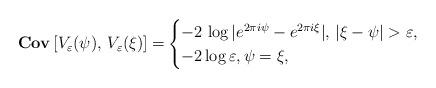
LaTeX: \begin{align*}{\bf{Cov}}\left[V_{\varepsilon}(\psi), \,V_{\varepsilon}(\xi)\right] = &\begin{cases} -2 \, \log|e^{2\pi i\psi}-e^{2\pi i\xi}|, \, |\xi-\psi|> \varepsilon, \\-2\log\varepsilon, \psi=\xi,\end{cases} \end{align*}